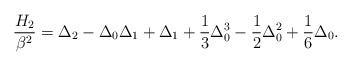
LaTeX: \begin{align*}\frac{H_{2}}{\beta^2}=\Delta_2-\Delta_0\Delta_1+\Delta_1+\frac{1}{3}\Delta_0^3-\frac{1}{2}\Delta_0^2+\frac{1}{6}\Delta_0.\end{align*}